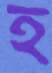
হ